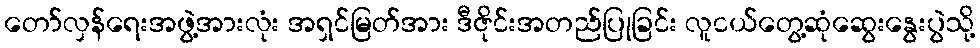
တော်လှန်ရေးအဖွဲ့အားလုံး အရှင်မြတ်အား ဒီဇိုင်းအတည်ပြုခြင်း လူငယ်တွေ့ဆုံဆွေးနွေးပွဲသို့